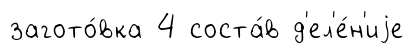
загото́вка 4 соста́в д'ел'е́н'иjе